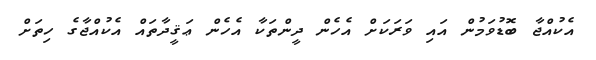
އެކުއްޖާ ބޮޑުވަމުން އައި ވަރަކަށް އެހެން ދީންތަކާ އެހެން ޢަޤީދާތައް އެކުއްޖާގެ ހިތަށް